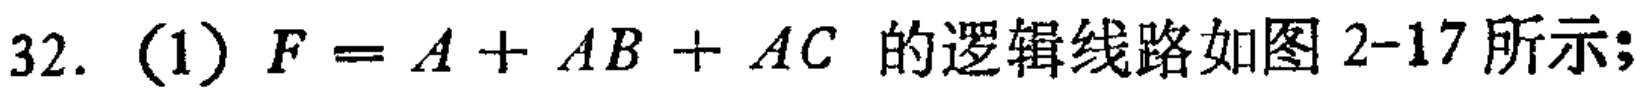
32.（1）\(F = A + AB + AC\) 的逻辑线路如图 2-17所示；